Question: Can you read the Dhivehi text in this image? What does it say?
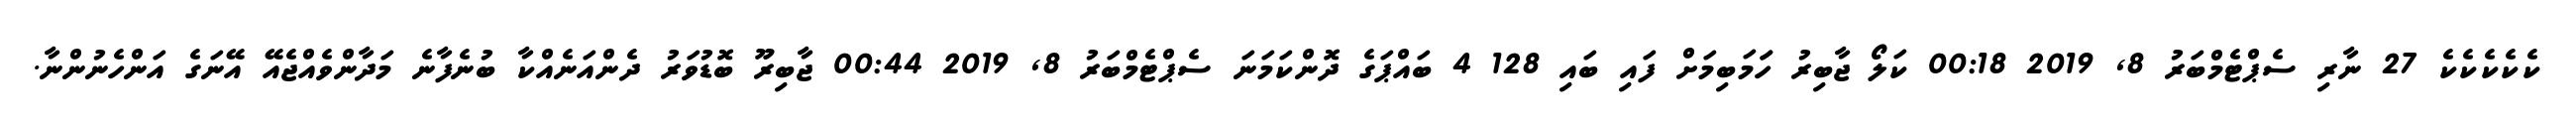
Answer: ކެކެކެކެކެ 27 ނާރި ސެޕްޓެމްބަރު 8, 2019 00:18 ކަލޯ ޖާބިރު ހަަމަބިމަށް ފައި ބައި 128 4 ބައްޕަގެ ދޮންކަމަނަ ސެޕްޓެމްބަރު 8, 2019 00:44 ޖާބިރޫ ބޮޑުވަރު ދެންއަނެއްކާ ބުނެފާނެ މަދާންވެއްޖެއޭ އޭނަގެ އަންހެނުންނާ.